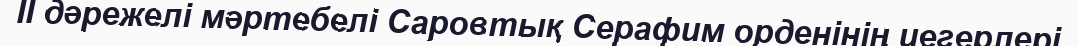
II дәрежелі мәртебелі Саровтық Серафим орденінің иегерлері